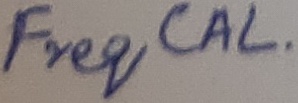
Text: Freq CAL.